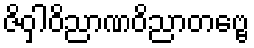
ဇိဝှါဝိညာဏဝိညာတဗ္ဗေ